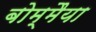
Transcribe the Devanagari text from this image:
बोम्मैया